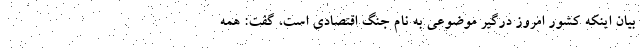
بیان اینکه کشور امروز درگیر موضوعی به نام جنگ اقتصادی است، گفت: همه